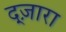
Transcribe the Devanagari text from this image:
द्ज़ारा